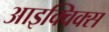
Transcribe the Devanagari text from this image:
आइक्विक्स